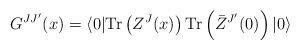
LaTeX: \begin{align*}G^{JJ'}(x)=\langle 0| {\rm Tr} \left( Z^J(x) \right){\rm Tr} \left( \bar Z^{J'}(0) \right)|0\rangle\end{align*}